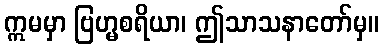
ဣမမှာ ဗြဟ္မစရိယာ၊ ဤသာသနာတော်မှ။